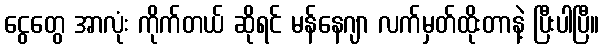
ငွေတွေ အာလုံး ကိုက်တယ် ဆိုရင် မန်နေဂျာ လက်မှတ်ထိုးတာနဲ့ ပြီးပါပြီ။